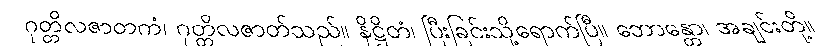
ဂုတ္တိလဇာတကံ၊ ဂုတ္တိလဇာတ်သည်။ နိဋ္ဌိတံ၊ ပြီးခြင်းသို့ရောက်ပြီ။ ဘောန္တော၊ အချင်းတို့။